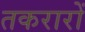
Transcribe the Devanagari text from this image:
तकरारों